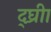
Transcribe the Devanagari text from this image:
द्घ्रीा